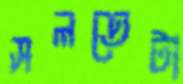
সলতেটা